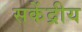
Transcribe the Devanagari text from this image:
सकेंद्रीय